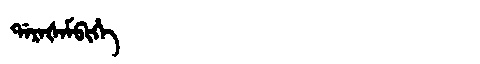
Manchu: ᡩᠠᡵᠠᡧᠠᠮᠪᡳᡥᡝ
Romanization: DARAŠAMBIHE